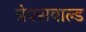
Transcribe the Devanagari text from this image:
ग्रेफ्सवाल्ड